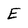
Character: E